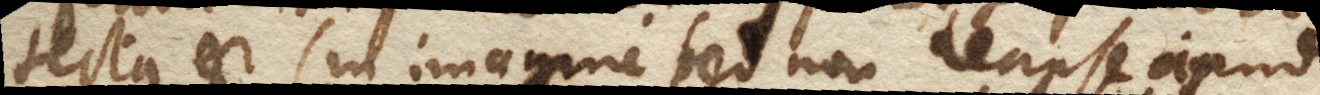
tecta est (+ in imagine sed non reapse apud